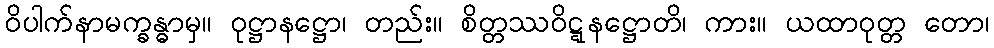
ဝိပါက်နာမက္ခန္ဓာမှ။ ဝုဋ္ဌာနဋ္ဌော၊ တည်း။ စိတ္တဿဝိဋ္ဋနဋ္ဌောတိ၊ ကား။ ယထာဝုတ္တ တော၊